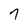
Character: 7